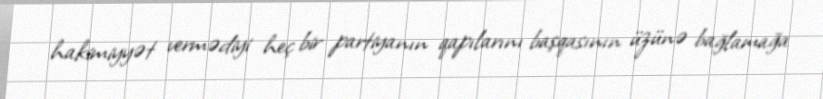
hakimiyyət vermədiyi heç bir partiyanın qapılarını başqasının üzünə bağlamağa